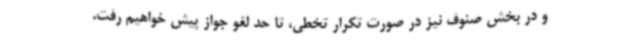
و در بخش صنوف نیز در صورت تکرار تخطی، تا حد لغو جواز پیش خواهیم رفت.